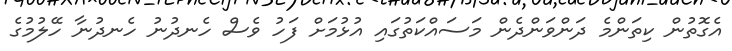
އެގޮތުން ކިތަންމެ ދަންވަންދެން މަސައްކަތުގައި އުޅުމަށް ފަހު ވެސް ހެނދުނު ހެނދުނާ ހޭލުމުގެ